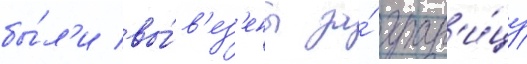
бы́л'и вы́в'ез'ены за́ гран'и́цу